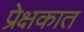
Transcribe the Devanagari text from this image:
प्रेक्षकात